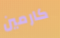
كارمين